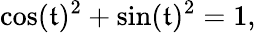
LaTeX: \cos(\mathfrak{t})^{2}+\sin(\mathfrak{t})^{2}=1,